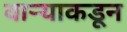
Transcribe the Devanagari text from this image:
वाऱ्याकडून